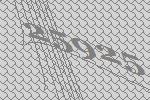
25925